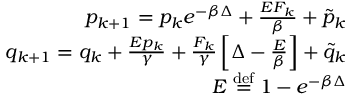
\begin{array} { r } { p _ { k + 1 } = p _ { k } e ^ { - \beta \Delta } + \frac { E F _ { k } } { \beta } + \tilde { p } _ { k } } \\ { q _ { k + 1 } = q _ { k } + \frac { E p _ { k } } { \gamma } + \frac { F _ { k } } { \gamma } \left[ \Delta - \frac { E } { \beta } \right] + \tilde { q } _ { k } } \\ { E \stackrel { \mathrm { d e f } } { = } 1 - e ^ { - \beta \Delta } } \end{array}